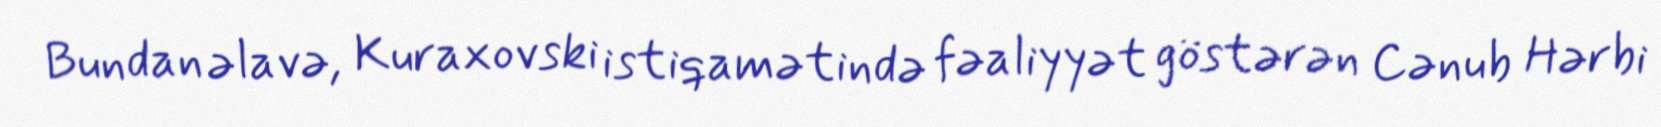
Bundan əlavə, Kuraxovski istiqamətində fəaliyyət göstərən Cənub Hərbi